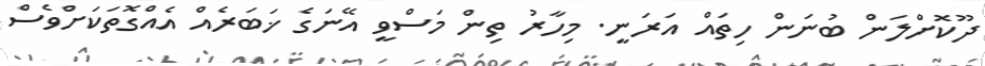
ދޫކޮށްލަން ބުނަން ހިތައް އަރަނީ. މިހާރު ތިން މަސްވީ އޭނަގެ ޚަބަރެއް އެއްގޮތަކަށްވެސް